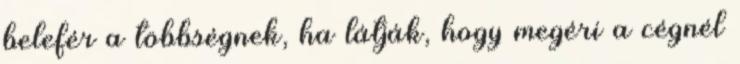
belefér a többségnek, ha látják, hogy megéri a cégnél